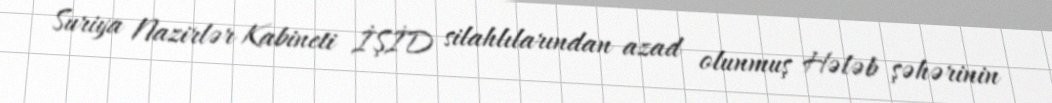
Suriya Nazirlər Kabineti İŞİD silahlılarından azad olunmuş Hələb şəhərinin